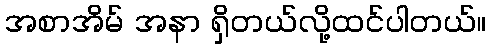
အစာအိမ် အနာ ရှိတယ်လို့ထင်ပါတယ်။